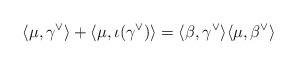
LaTeX: \begin{align*}\langle \mu, \gamma^\vee \rangle + \langle \mu, \iota(\gamma^\vee) \rangle = \langle \beta, \gamma^\vee \rangle \langle \mu, \beta^\vee \rangle\end{align*}